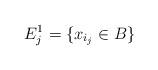
LaTeX: \begin{align*}E^1_j = \{x_{i_j} \in B\} \end{align*}